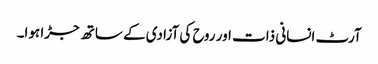
آرٹ انسانی ذات اور روح کی آزادی کے ساتھ جڑا ہوا۔